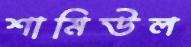
শামিউল